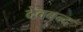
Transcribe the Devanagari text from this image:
देवबन्‍द